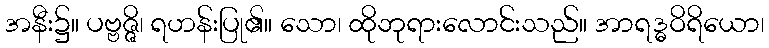
အနီး၌။ ပဗ္ဗဇ္ဇိ၊ ရဟန်းပြု၏။ သော၊ ထိုဘုရားလောင်းသည်။ အာရဒ္ဓဝိရိယော၊